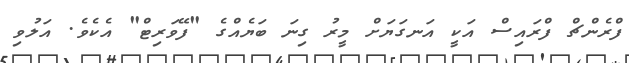
ފްރެންޗް ފްރައިސް އަކީ އަނގަޔަށް މީރު ގިނަ ބަޔެއްގެ "ފޭވަރިޓް" އެކެވެ. އަލުވި